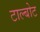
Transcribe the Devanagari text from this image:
टाल्बोट